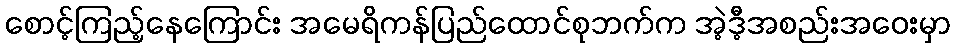
စောင့်ကြည့်နေကြောင်း အမေရိကန်ပြည်ထောင်စုဘက်က အဲ့ဒီ့အစည်းအဝေးမှာ